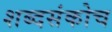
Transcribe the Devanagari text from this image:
शब्दसंकोच